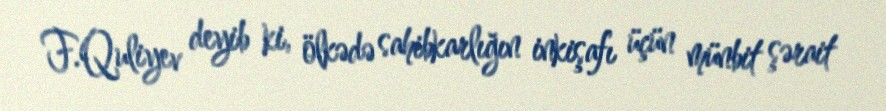
F.Quliyev deyib ki, ölkədə sahibkarlığın inkişafı üçün münbit şərait